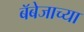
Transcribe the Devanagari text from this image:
बॅबेजाच्या